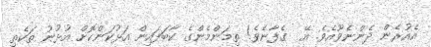
އެއުރެން ދެންނެވޫއެވެ. އޭ  ގެފާނެވެ! ތިމަންމެންގެ ކާބަފައިން އަޅުކަންކޮށް އުޅުނު ތަކެތި